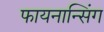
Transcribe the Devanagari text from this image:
फायनान्सिंग